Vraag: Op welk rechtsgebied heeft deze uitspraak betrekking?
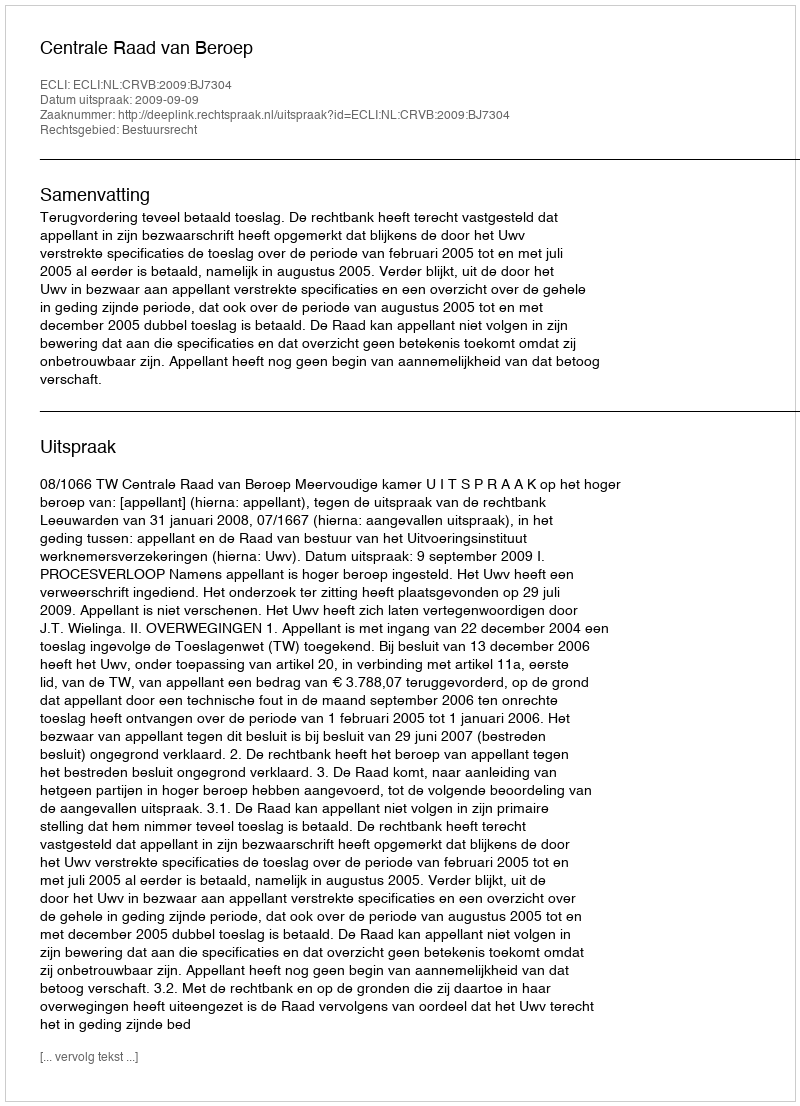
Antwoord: Bestuursrecht